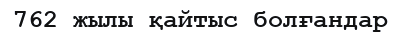
762 жылы қайтыс болғандар